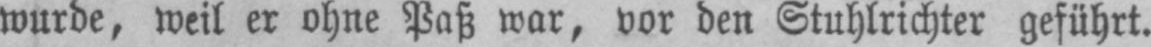
wurde, weil er ohne Paß war, vor den Stuhlrichter geführt.